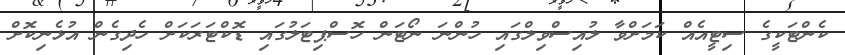
ކެންޓަކީގެ ސިޓީއެއް ކަމަށްވާ ލުއިސްވިލްގައި ހުންނަ ނޯޓަން ހޮސްޕިޓަލުގައި ޑޮކްޓަރަކަށް ހެދިގެން އުޅެނިކޮށް